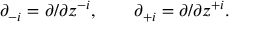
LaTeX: \partial _ { - i } = \partial / \partial z ^ { - i } , \qquad \partial _ { + i } = \partial / \partial z ^ { + i } .